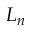
L _ { n }